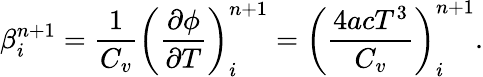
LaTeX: \beta_{i}^{n+1}=\frac{1}{C_{v}}\left(\frac{\partial\phi}{\partial T}\right)_{i}^{n+1}=\left(\frac{4acT^{3}}{C_{v}}\right)_{i}^{n+1}.